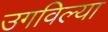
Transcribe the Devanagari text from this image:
उगविल्या